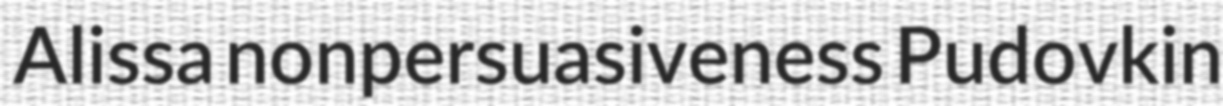
Alissa nonpersuasiveness Pudovkin